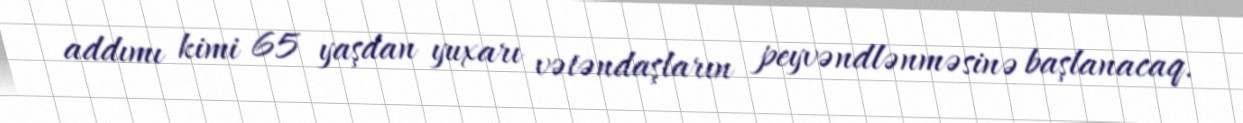
addımı kimi 65 yaşdan yuxarı vətəndaşların peyvəndlənməsinə başlanacaq.